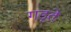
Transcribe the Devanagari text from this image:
गड़ते